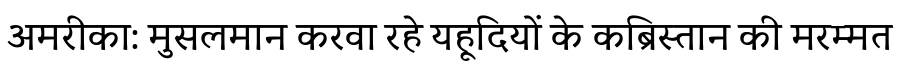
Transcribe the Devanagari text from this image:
अमरीका: मुसलमान करवा रहे यहूदियों के कब्रिस्तान की मरम्मत